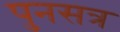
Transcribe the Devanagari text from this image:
पुनसत्र